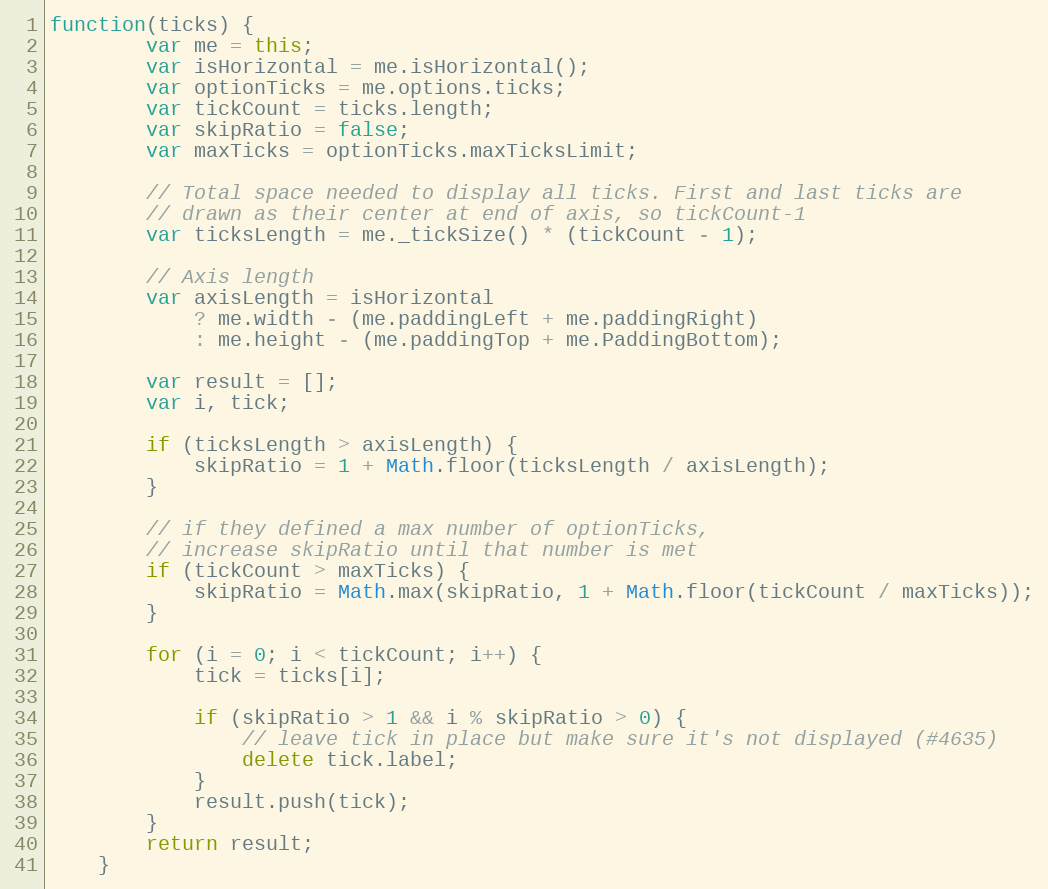
Language: JavaScript
function(ticks) {
		var me = this;
		var isHorizontal = me.isHorizontal();
		var optionTicks = me.options.ticks;
		var tickCount = ticks.length;
		var skipRatio = false;
		var maxTicks = optionTicks.maxTicksLimit;

		// Total space needed to display all ticks. First and last ticks are
		// drawn as their center at end of axis, so tickCount-1
		var ticksLength = me._tickSize() * (tickCount - 1);

		// Axis length
		var axisLength = isHorizontal
			? me.width - (me.paddingLeft + me.paddingRight)
			: me.height - (me.paddingTop + me.PaddingBottom);

		var result = [];
		var i, tick;

		if (ticksLength > axisLength) {
			skipRatio = 1 + Math.floor(ticksLength / axisLength);
		}

		// if they defined a max number of optionTicks,
		// increase skipRatio until that number is met
		if (tickCount > maxTicks) {
			skipRatio = Math.max(skipRatio, 1 + Math.floor(tickCount / maxTicks));
		}

		for (i = 0; i < tickCount; i++) {
			tick = ticks[i];

			if (skipRatio > 1 && i % skipRatio > 0) {
				// leave tick in place but make sure it's not displayed (#4635)
				delete tick.label;
			}
			result.push(tick);
		}
		return result;
	}